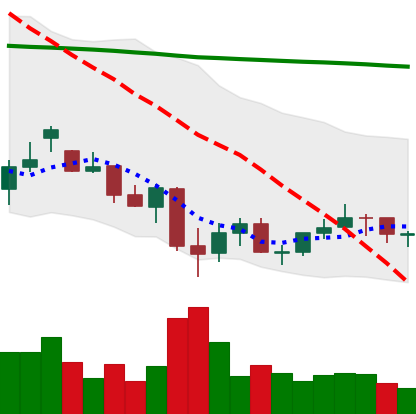
Ticker: LINK-USD
Chart end date: 2021-07-02
Forward return: 8.098%
Label: up_7plus